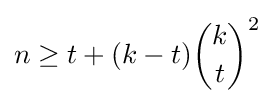
n\geq t+(k-t){\binom {k}{t}}^{2}